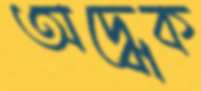
অদ্ধেক